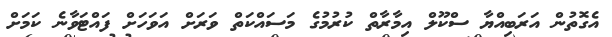
އެގޮތުން އަރަބިއްޔާ ސްކޫލް އިމާރާތް ކުރުމުގެ މަސައްކަތް ވަރަށް އަވަހަށް ފައްޓަވާނެ ކަމަށް